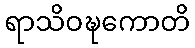
ရာသိဝဍ္ဎကောတိ